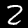
Label: 2